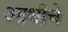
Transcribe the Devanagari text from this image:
अाधीचे